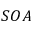
S O A